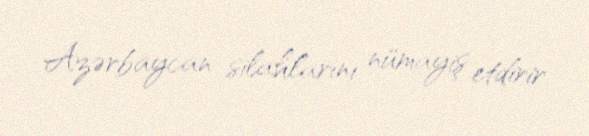
Azərbaycan silahlarını nümayiş etdirir.